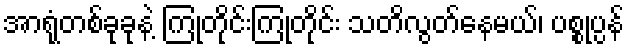
အာရုံတစ်ခုခုနဲ့ ကြုံတိုင်းကြုံတိုင်း သတိလွတ်နေမယ်၊ ပစ္စုပ္ပန်